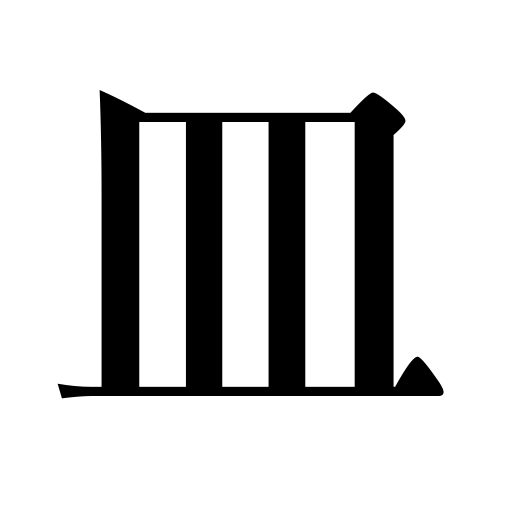
Meanings: a course,a helping,dish